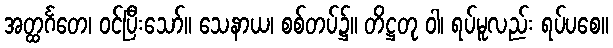
အတ္ထင်္ဂတေ၊ ဝင်ပြီးသော်။ သေနာယ၊ စစ်တပ်၌။ တိဋ္ဌတု ဝါ၊ ရပ်မူလည်း ရပ်ပစေ။